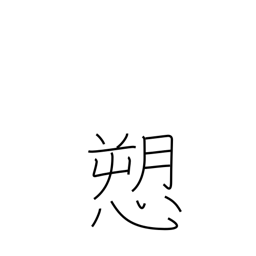
Meaning: complain of